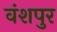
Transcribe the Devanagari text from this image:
वंशपुर